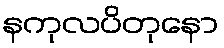
နကုလပိတုနော